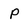
Character: p